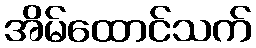
အိမ်ထောင်သက်